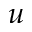
u